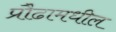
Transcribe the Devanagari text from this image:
प्रौढामधील